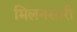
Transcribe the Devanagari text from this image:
मिलनसारी